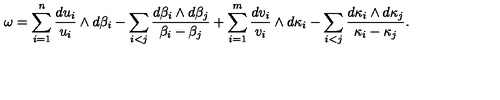
\omega = \sum _ { i = 1 } ^ { n } \frac { d u _ { i } } { u _ { i } } \wedge d \beta _ { i } - \sum _ { i < j } \frac { d \beta _ { i } \wedge d \beta _ { j } } { \beta _ { i } - \beta _ { j } } + \sum _ { i = 1 } ^ { m } \frac { d v _ { i } } { v _ { i } } \wedge d \kappa _ { i } - \sum _ { i < j } \frac { d \kappa _ { i } \wedge d \kappa _ { j } } { \kappa _ { i } - \kappa _ { j } } .